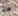
هل